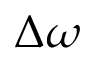
\Delta \omega